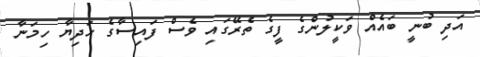
އަދި ބުނީ ބައެއް ވަކީލުންގެ ފީގެ ތެރޭގައި ވެސް ފައިސާގެ ހަދިޔާ ހިމަނާ